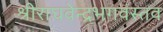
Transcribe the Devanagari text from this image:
श्रीराघवेन्द्रभगवंस्तव